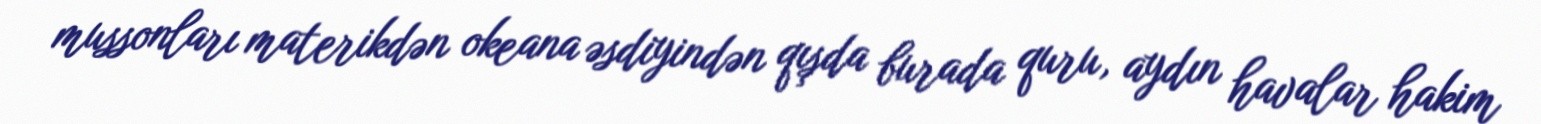
mussonları materikdən okeana əsdiyindən qışda burada quru, aydın havalar hakim